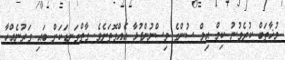
މުޚާތަބް ކުރެވުނު ކިމް އިލް ސުންގެ ވިސްނުންފުޅާ އެއްގޮތަށެވެ. ގާތްގަނޑަކަށް ބައި ގަރުނެއްހާ